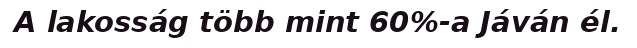
A lakosság több mint 60%-a Jáván él.